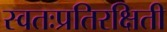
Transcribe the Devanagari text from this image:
स्वतःप्रतिरक्षिती